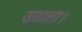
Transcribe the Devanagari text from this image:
उठाता।